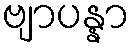
ဗျာပန္နာ